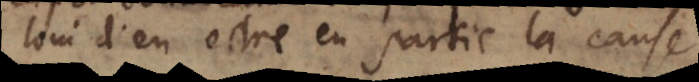
loin d’en estre en partie la 3–5